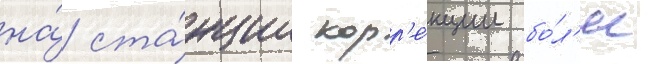
на́ ста́нции корр'е́кции бо́л'ее